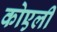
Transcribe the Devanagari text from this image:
कोएली